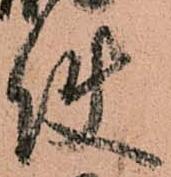
使